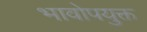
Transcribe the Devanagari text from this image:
भावोपयुक्त